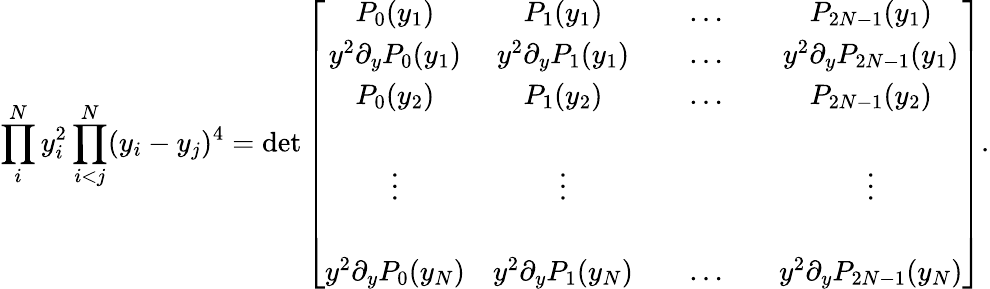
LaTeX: \prod_{i}^{N}y_{i}^{2}\prod_{i<j}^{N}(y_{i}-y_{j})^{4}=\operatorname*{det}\left[\begin{array}{cccccc}{{P_{0}(y_{1})}}&{{P_{1}(y_{1})}}&{{}}&{{\ldots}}&{{}}&{{P_{2N-1}(y_{1})}}\\ {{y^{2}\partial_{y}P_{0}(y_{1})}}&{{y^{2}\partial_{y}P_{1}(y_{1})}}&{{}}&{{\ldots}}&{{}}&{{y^{2}\partial_{y}P_{2N-1}(y_{1})}}\\ {{P_{0}(y_{2})}}&{{P_{1}(y_{2})}}&{{}}&{{\ldots}}&{{}}&{{P_{2N-1}(y_{2})}}\\ {{}}&{{}}&{{}}&{{}}&{{}}&{{}}\\ {{\vdots}}&{{\vdots}}&{{}}&{{}}&{{}}&{{\vdots}}\\ {{}}&{{}}&{{}}&{{}}&{{}}&{{}}\\ {{y^{2}\partial_{y}P_{0}(y_{N})}}&{{y^{2}\partial_{y}P_{1}(y_{N})}}&{{}}&{{\ldots}}&{{}}&{{y^{2}\partial_{y}P_{2N-1}(y_{N})}}\end{array}\right].